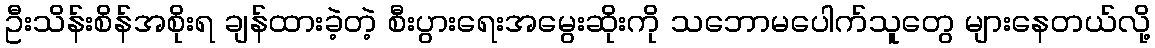
ဦးသိန်းစိန်အစိုးရ ချန်ထားခဲ့တဲ့ စီးပွားရေးအမွေးဆိုးကို သဘောမပေါက်သူတွေ များနေတယ်လို့